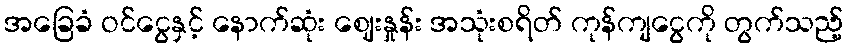
အခြေခံ ဝင်ငွေနှင့် နောက်ဆုံး ဈေးနှုန်း အသုံးစရိတ် ကုန်ကျငွေကို တွက်သည့်